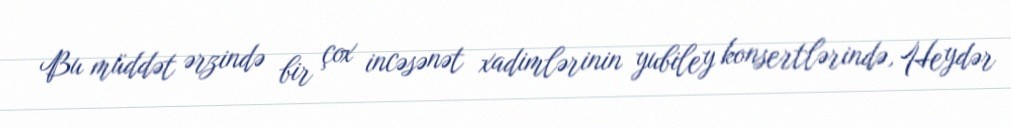
Bu müddət ərzində bir çox incəsənət xadimlərinin yubiley konsertlərində, Heydər